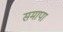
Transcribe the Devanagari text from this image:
समापा